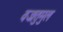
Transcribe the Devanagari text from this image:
वज्रतुमुल